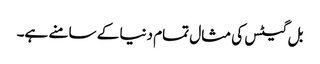
بل گیٹس کی مثال تمام دنیا کے سامنے ہے۔